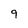
Character: 9